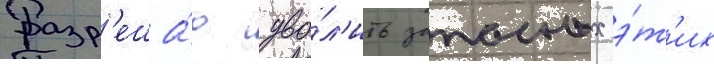
Разр'еша́ю уво́л'ить запасных э́т'их